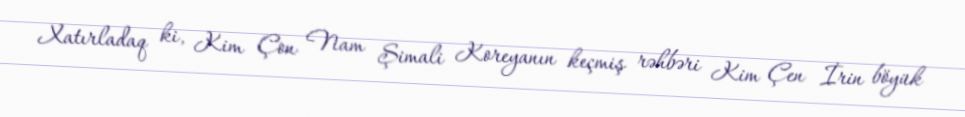
Xatırladaq ki, Kim Çon Nam Şimali Koreyanın keçmiş rəhbəri Kim Çen İrin böyük